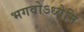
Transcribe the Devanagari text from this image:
भगवोऽध्येमि